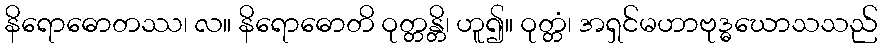
နိရောဓောတဿ၊ လ။ နိရောဓောတိ ဝုတ္တန္တိ၊ ဟူ၍။ ဝုတ္တံ၊ အရှင်မဟာဗုဒ္ဓဃောသသည်